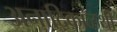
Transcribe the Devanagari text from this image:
अनादिकाळथी